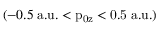
( - 0 . 5 \mathrm { \; a . u . < p _ { 0 z } < 0 . 5 \mathrm { \; a . u . ) } }